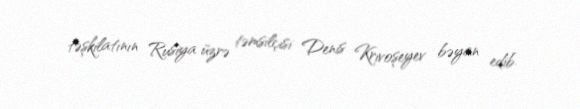
təşkilatının Rusiya üzrə təmsilçisi Denis Krivoşeyev bəyan edib.